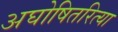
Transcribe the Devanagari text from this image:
अघोषितरित्या